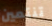
تنتمين